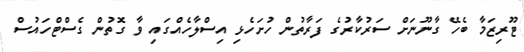
ޓޫރިޒަމާ ބެހޭ ގާނޫނަށް ސަރުކާރުގެ ފަރާތުން ހުށަހެޅި އިސްލާހެއްގައި ވާ ގޮތުން ގެސްޓްހައުސް